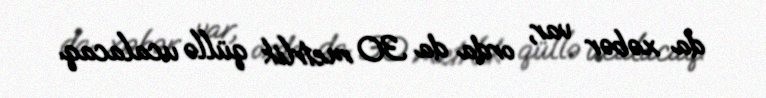
da xəbər var, orda da 30 metrlik qüllə ucalacaq.